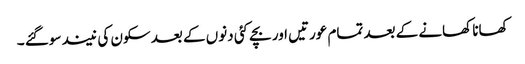
کھانا کھانے کے بعد تمام عورتیں اور بچے کئی دنوں کے بعد سکون کی نیند سوگئے ۔